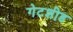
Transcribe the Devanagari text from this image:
गेटशीड